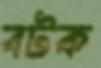
বটক